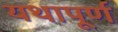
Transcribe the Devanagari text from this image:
यथापूर्ण